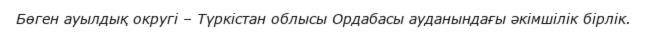
Бөген ауылдық округі – Түркістан облысы Ордабасы ауданындағы әкімшілік бірлік.